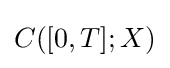
C([0,T];X)